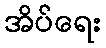
အိပ်ရေး